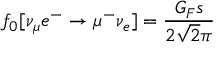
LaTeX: f _ { 0 } [ \nu _ { \mu } e ^ { - } \rightarrow \mu ^ { - } \nu _ { e } ] = \frac { G _ { F } s } { 2 \sqrt 2 \pi }